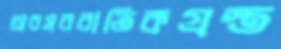
অবসরবাতিকগ্রস্ত